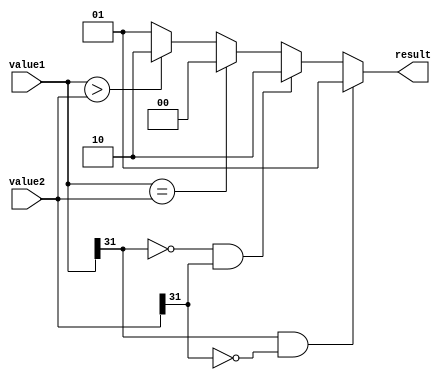
module comparator (
    input [31:0] value1,
    input [31:0] value2,
    output reg [1:0] result
);

always @* begin
    // Compare sign bits
    if (value1[31] == 1 && value2[31] == 0) begin
        result = 2'b01; // value1 is negative, value2 is positive
    end else if (value1[31] == 0 && value2[31] == 1) begin
        result = 2'b10; // value1 is positive, value2 is negative
    end else begin
        // Compare magnitude of values
        if (value1 == value2) begin
            result = 2'b00; // value1 is equal to value2
        end else if (value1 > value2) begin
            result = 2'b10; // value1 is greater than value2
        end else begin
            result = 2'b01; // value1 is less than value2
        end
    end
end

endmodule